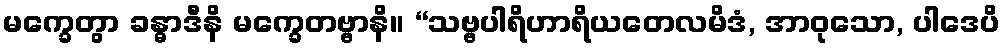
မက္ခေတွာ ခန္ဓာဒီနိ မက္ခေတဗ္ဗာနိ။ “သဗ္ဗပါရိဟာရိယတေလမိဒံ, အာဝုသော, ပါဒေပိ